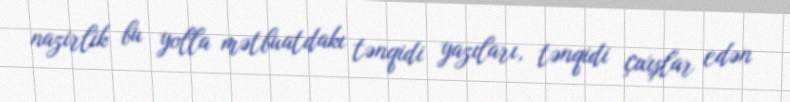
nazirlik bu yolla mətbuatdakı tənqidi yazıları, tənqidi çıxışlar edən